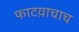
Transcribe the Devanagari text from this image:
फाटय़ाचाच